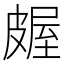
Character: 𬐖